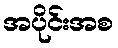
အပိုင်းအစ